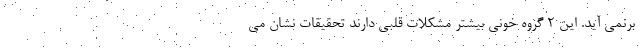
برنمی آید. این 2 گروه خونی بیشتر مشکلات قلبی دارند تحقیقات نشان می